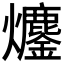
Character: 𤓍